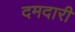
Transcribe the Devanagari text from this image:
दमदारी